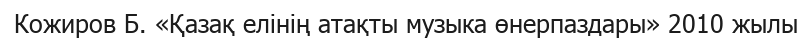
Кожиров Б. «Қазақ елінің атақты музыка өнерпаздары» 2010 жылы